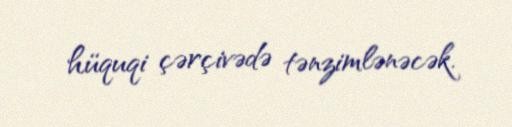
hüquqi çərçivədə tənzimlənəcək.